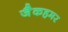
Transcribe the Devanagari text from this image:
जैकहमर